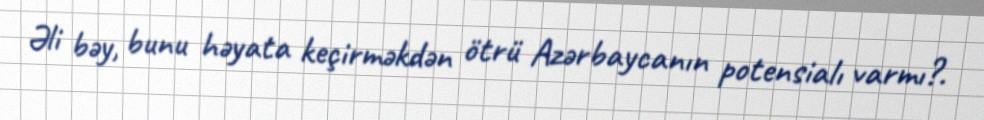
Əli bəy, bunu həyata keçirməkdən ötrü Azərbaycanın potensialı varmı?.